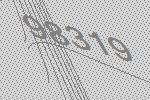
98319